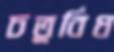
চতুর্বিধ